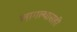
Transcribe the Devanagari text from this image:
लागल्यासही